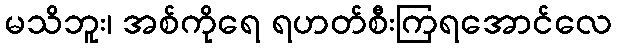
မသိဘူး၊ အစ်ကိုရေ ရဟတ်စီးကြရအောင်လေ